Report on sanitation, dispensaries, and jails in Rajputana for 1914, and on vaccination for the year 1914-1915 - 1914-1915
Year: 1914
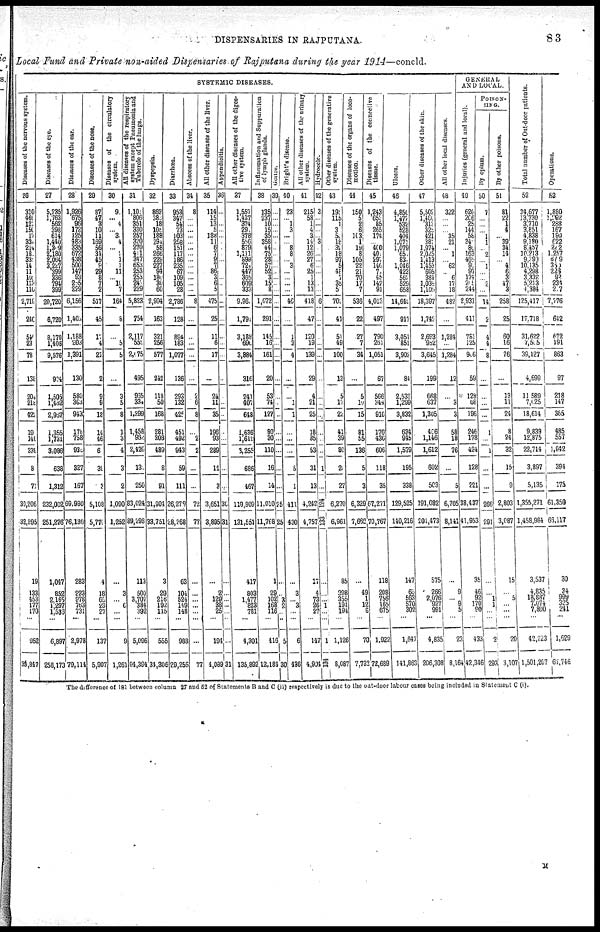
DISPENSARIES IN RAJPUTANA.
83
Local Fund and Private non-aided Dispensaries of Rajputana during the year 1914—concld.
SYSTEMIC DISEASES.
Diseases of the nervous system.
26
310
469 121
150
17
330
214
180
335
14
11
101
113
110
2,719
240
54
23
78
138
204
218
422
19
148
339
8
70
30,206
32,895
19
133
453
177
170
...
952
33,847
Diseases of the eye.
27
5,235
1763
562
398
614
1,440
1,309
2,180
2,064
3,227
399
336
794
399
20,720
6,720
8,170
1,406
9,576
904
1,505
1,462
2,967
1,355
1,731
3,086
638
1,312
232,002
251,276
1,047
852
2,165
1,297
1,536
...
6,397
258,173
Diseases of the ear.
28
1,926
675
96
172
125
483
335
672
438
500
147
93
265
229
6,156
1,408
1,188
203
1,391
130
580
363
943
178
758
936
327
167
69,980
76,136
283
223
978
763
731
...
2,978
79,114
Diseases of the nose.
29
87
47
3
10
11
169
56
34
45
9
29
8
7
2
517
45
17
4
21
2
9
9
13
14
46
6
39
3
5,108
5,770
4
18
65
23
27
...
137
5,907
Diseases of the circulatory
system.
30
90
... 4
... 3
4
... 2
1
1
11
... 10
7
164
8
...
5
5
...
3
5
8
1
3
4
3
2
1,090
1,252
...
3
... 6
...
...
9
1,261
All diseases of the respiratory
system except Pneumonia and
Tubercle
of
the
lungs.
31
1,101
806
351
330
257
320
270
411
347
653
253
253
242
229
5,823
754
2,117
558
2,675
495
965
334
1,299
1,458
962
2,426
130
250
83,024
89,293
113
500
3,707
384
392
...
5,096
94,394
Dyspepsia.
32
862
383
18
105
188
294
58
266
229
227
94
180
30
60
2,994
163
321
256
577
242
118
50
168
281
208
489
8
91
31,904
33,751
3
29
216
192
115
...
555
34,306
Diarrhœa.
33
953
347
54
73
103
258
151
117
186
235
67
109
105
28
2,786
128
894
183
1,077
136
293
132
425
451
492
943
59
111
26,279
28,268
63
104
524
149
148
...
988
29,256
Abscess of the liver.
34
8
...
...
...
...
...
...
...
...
...
...
...
...
...
8
...
...
...
...
...
2
6
8
...
2
2
...
...
72
77
...
...
...
...
...
...
...
77
All other diseases of the liver.
35
114
15
13
5
188
11
6
7
9
7
86
3
6
5
475
25
11
6
17
...
24
11
35
196
93
289
14
3
3,651
3,895
...
2
129
38
25
...
194
4,089
Appendicitis.
36
...
...
...
...
...
...
...
...
...
...
...
...
...
...
...
...
...
...
...
...
...
...
...
...
30
31
...
...
...
...
...
...
...
31
All other diseases of the diges-
tive system.
37
1,557
1,437
374
291
378
556
879
1,111
898
724
447
355
609
333
9,962
l,791
3,188
690
3,884
316
241
407
648
1,636
1,619
3,255
686
467
119,809
131,551
417
803
1,477
823
781
...
4,301
135,892
Inflammation and Suppuration
of lymph glands.
38
135
237
10
15
35
358
44
75
28
57
52
3
15
8
1,072
291
145
16
161
20
53
74
127
80
30
110
16
14
11,010
11,768
1
29
102
168
116
...
416
12,184
Goitre.
39
...
...
...
... ...
...
...
... ...
... ...
...
...
...
...
...
...
...
...
...
...
...
...
...
...
...
...
...
25
25
...
...
3
2
...
...
5
30
Bright's
disease.
40
23
... 1
3
...
... 8
8
... 3
...
...
...
...
46
...
1
3
4
...
...
1
1
...
...
...
5
1
411
430
...
3
... 3
...
...
6
436
All other diseases of the urinary
system.
41
215
58
1
4
3
14
12
26
27
6
25
1
13
13
418
47
120
19
139
29
4
21
25
18
35
53
31
13
4,242
4,757
17
4
73
26
27
...
147
4,904
Hydrocele.
42
3
...
...
...
... 3
...
...
...
...
...
...
...
6
...
...
...
...
...
...
...
...
...
...
...
1
...
124
133
...
...
...
1
...
...
1
134
Other diseases of the generative
system.
43
195
115
1
3
50
18
32
18
97
5
48
7
35
5
703
41
51
49
100
13
5
17
22
41
39
80
20
27
6,270
6,961
85
298
355
194
194
...
1,126
8,087
Diseases of the organs of loco¬
motion.
44
150
5
2
6
103
1
19
8
105
22
21
70
17
7
536
22
27
7
34
...
5
10
15
81
55
136
5
3
6,329
7,662
...
49
1
12
8
...
70
7,732
Diseases of the connective
tissue.
45
1,243
653
85
265
174
... 400
401
297
146
71
45
142
91
4,013
497
790
261
1,051
67
566
344
910
170
436
606
118
35
67,271
70,767
118
208
756
165
675
...
1,922
72,689
Ulcers.
46
4,856
1,475
532
528
404
1,071
1,079
651
830
1,046
423
562
529
658
14,648
917
3,051
851
3,902
84
2,533
1,299
3,832
634
945
1,579
195
338
129,525
140,216
147
65
563
570
302
...
1,647
141,863
Other diseases of the skin.
47
5,502
1,480
313
325
421
381
1,974
2,025
1,413
1,453
605
384
1,036
1,105
18,397
1,742
2,693
962
3,645
199
668
637
1,305
406
1,146
1,612
602
503
191,082
201,473
575
266
2,076
927
991
...
4,835
206,308
All other local diseases.
48
322
...
...
... 35
21
... 1
... 62
... 6
17
18
482
...
1,284
...
1,284
12
...
3
3
58
18
76
...
5
6,705
8,141
...
9
... 9
5
...
23
8,164
GENERAL
AND LOCAL.
Injuries(general
and
local).
49
620
266 25
144
58
340 80
163
465
96
97
174
215
244
2,931
411
781
125
906
59
128
68
196
246
178
424
128
221
38,437
41,953
35
46
92
170
90
...
433
42,346
POISON¬
TING.
By
opium.
50
7
...
...
...
1
1
...
2
...
1
...
...
2
...
14
2
4
4
8
...
...
...
...
1
...
1
...
...
266
291
...
...
1
1
...
...
2
293
By other poisons.
51
81
22
1
4
... 39
34
14
... 4
6
3
47
3
258
25
60
16
76
...
13
11
24
8
24
32
15
9
2,803
3,087
15
...
5
...
...
...
20
3,107
Total number of Out-door patients.
52
34,677
13 730
3,710
3,851
4,838
9,180 8,457
10,213
9,399
10,135
4,298
3,332
5 213
4,384
125,417
17,718
31,622
7,505
39,127
4,699
11,589
7,025
18,614
9,839
12,875
22,714
3,897
5,135
1,355,271
1,458,984
3,537
4,835
18,887
7,074
7,890
...
42,223
1,501,207
Operations.
53
1,880
1, 292
238
167
190
622
222
1,257
679
360
226
92
234
217
7,776
642
672
191
863
97
218
147
365
485
557
1,042
394
175
61,350
66,117
30
34
999
325
241
...
1,629
67,746
The difference of 181 between column 27 and 52 of Statements B and C (ii) respectively is due to the out-door labour cases being included in Statement C (i).